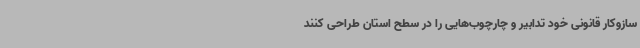
سازوکار قانونی خود تدابیر و چارچوب‌هایی را در سطح استان طراحی کنند